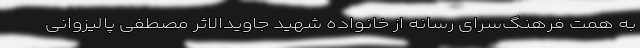
به همت فرهنگ‌سرای رسانه از خانواده شهید جاویدالاثر مصطفی پالیزوانی